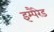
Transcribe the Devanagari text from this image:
इम्पैरेड